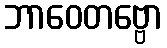
ဘာဝေတဗ္ဗော